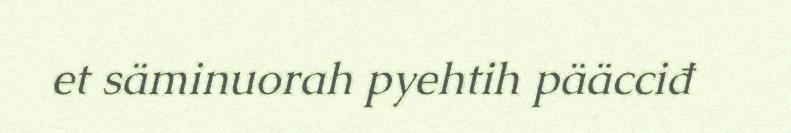
et säminuorah pyehtih pääcciđ